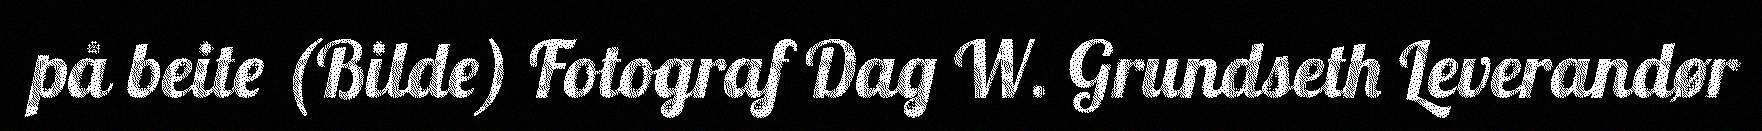
på beite (Bilde) Fotograf Dag W. Grundseth Leverandør